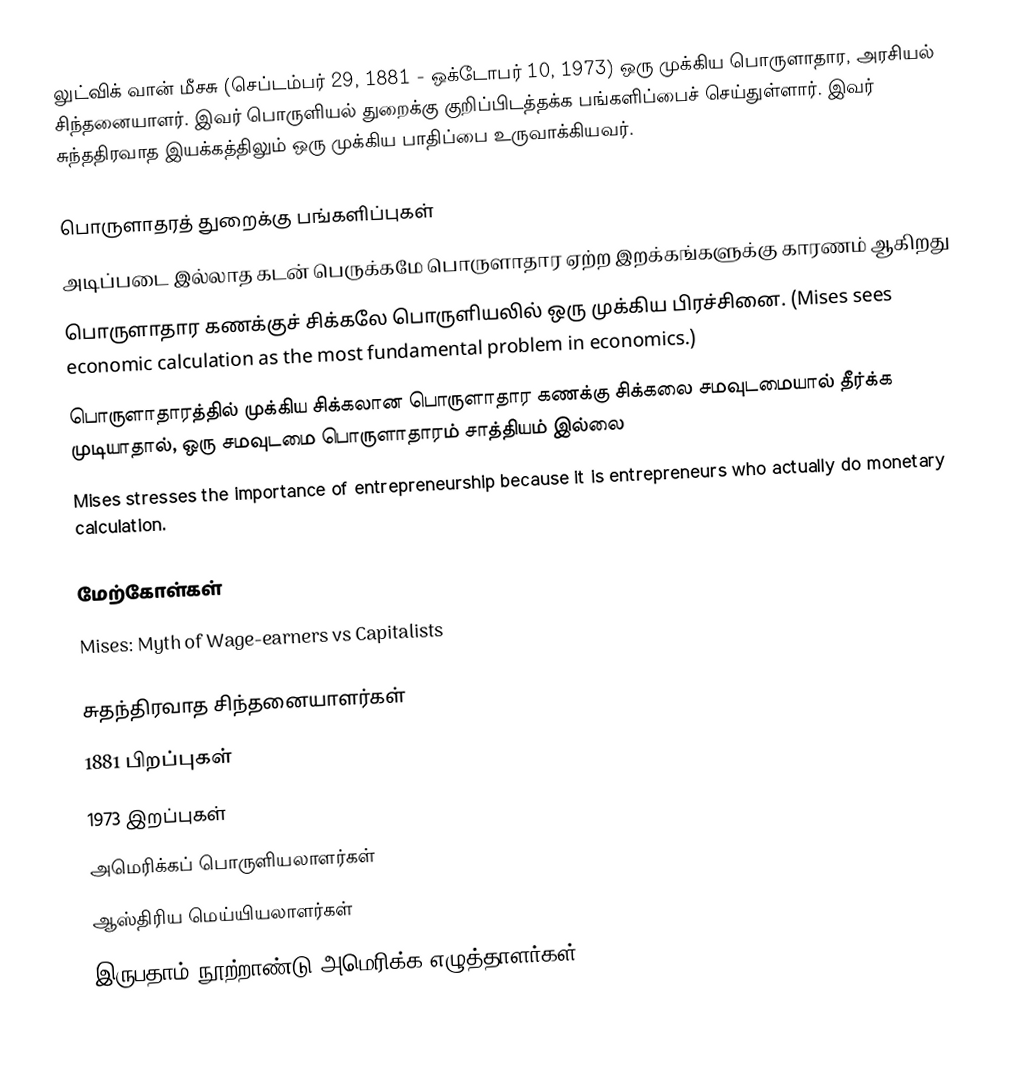
லுட்விக் வான் மீசசு (செப்டம்பர் 29, 1881 - ஒக்டோபர் 10, 1973) ஒரு முக்கிய பொருளாதார, அரசியல் சிந்தனையாளர். இவர் பொருளியல் துறைக்கு குறிப்பிடத்தக்க பங்களிப்பைச் செய்துள்ளார். இவர் சுந்ததிரவாத இயக்கத்திலும் ஒரு முக்கிய பாதிப்பை உருவாக்கியவர்.

பொருளாதரத் துறைக்கு பங்களிப்புகள்
 அடிப்படை இல்லாத கடன் பெருக்கமே பொருளாதார ஏற்ற இறக்கங்களுக்கு காரணம் ஆகிறது
 பொருளாதார கணக்குச் சிக்கலே பொருளியலில் ஒரு முக்கிய பிரச்சினை. (Mises sees economic calculation as the most fundamental problem in economics.)
 பொருளாதாரத்தில் முக்கிய சிக்கலான பொருளாதார கணக்கு சிக்கலை சமவுடமையால் தீர்க்க முடியாதால், ஒரு சமவுடமை பொருளாதாரம் சாத்தியம் இல்லை
 Mises stresses the importance of entrepreneurship because it is entrepreneurs who actually do monetary calculation.

மேற்கோள்கள்
 Mises: Myth of Wage-earners vs Capitalists

சுதந்திரவாத சிந்தனையாளர்கள்
1881 பிறப்புகள்
1973 இறப்புகள்
அமெரிக்கப் பொருளியலாளர்கள்
ஆஸ்திரிய மெய்யியலாளர்கள்
இருபதாம் நூற்றாண்டு அமெரிக்க எழுத்தாளர்கள்